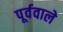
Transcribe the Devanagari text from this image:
पूर्ववाले